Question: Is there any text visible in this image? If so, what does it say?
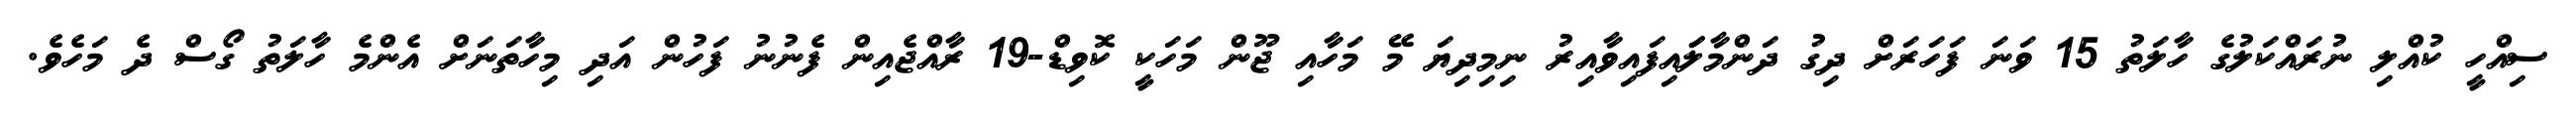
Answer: ސިއްހީ ކުއްލި ނުރައްކަލުގެ ހާލަތު 15 ވަނަ ފަހަރަށް ދިގު ދަންމާލަައިފައިވާއިރު ނިމިދިޔަ މޭ މަހާއި ޖޫން މަހަކީ ކޮވިޑް-19 ރާއްޖެއިން ފެނުނު ފަހުން އަދި މިހާތަނަށް އެންމެ ހާލަތު ގޯސް ދެ މަހެވެ.